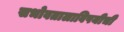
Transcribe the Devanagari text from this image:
सभोवतालाविषयीची